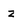
Character: z